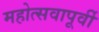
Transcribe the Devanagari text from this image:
महोत्सवापूर्वी